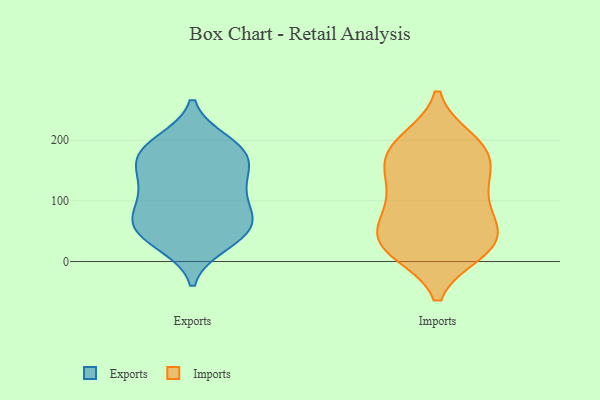
{"axis": {"x": "Latency (ms)", "y": "Value"}, "legend": ["Exports", "Imports"], "data": [{"x": "", "y": 45, "type": "Exports"}, {"x": "", "y": 197, "type": "Exports"}, {"x": "", "y": 138, "type": "Exports"}, {"x": "", "y": 119, "type": "Exports"}, {"x": "", "y": 193, "type": "Exports"}, {"x": "", "y": 74, "type": "Exports"}, {"x": "", "y": 177, "type": "Exports"}, {"x": "", "y": 68, "type": "Exports"}, {"x": "", "y": 166, "type": "Exports"}, {"x": "", "y": 169, "type": "Exports"}, {"x": "", "y": 131, "type": "Exports"}, {"x": "", "y": 35, "type": "Exports"}, {"x": "", "y": 113, "type": "Exports"}, {"x": "", "y": 52, "type": "Exports"}, {"x": "", "y": 182, "type": "Exports"}, {"x": "", "y": 80, "type": "Exports"}, {"x": "", "y": 29, "type": "Exports"}, {"x": "", "y": 69, "type": "Exports"}, {"x": "", "y": 131, "type": "Imports"}, {"x": "", "y": 76, "type": "Imports"}, {"x": "", "y": 188, "type": "Imports"}, {"x": "", "y": 92, "type": "Imports"}, {"x": "", "y": 192, "type": "Imports"}, {"x": "", "y": 49, "type": "Imports"}, {"x": "", "y": 121, "type": "Imports"}, {"x": "", "y": 69, "type": "Imports"}, {"x": "", "y": 26, "type": "Imports"}, {"x": "", "y": 32, "type": "Imports"}, {"x": "", "y": 150, "type": "Imports"}, {"x": "", "y": 199, "type": "Imports"}, {"x": "", "y": 22, "type": "Imports"}, {"x": "", "y": 158, "type": "Imports"}, {"x": "", "y": 182, "type": "Imports"}, {"x": "", "y": 25, "type": "Imports"}, {"x": "", "y": 17, "type": "Imports"}]}